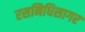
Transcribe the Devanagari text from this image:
रसनिधिसागर